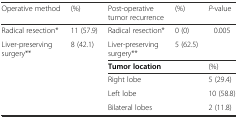
<table><thead><tr><td><b>Operative method</b></td><td><b>(%)</b></td><td><b>Post-operative tumor recurrence</b></td><td><b>(%)</b></td><td><b><i>P</i>-value</b></td></tr></thead><tbody><tr><td>Radical resection*</td><td>11 (57.9)</td><td>Radical resection*</td><td>0 (0)</td><td rowspan="2">0.005</td></tr><tr><td rowspan="5">Liver-preserving surgery**</td><td rowspan="5">8 (42.1)</td><td>Liver-preserving surgery**</td><td>5 (62.5)</td></tr><tr><td><b>Tumor location</b></td><td></td><td>(%)</td></tr><tr><td>Right lobe</td><td></td><td>5 (29.4)</td></tr><tr><td>Left lobe</td><td></td><td>10 (58.8)</td></tr><tr><td>Bilateral lobes</td><td></td><td>2 (11.8)</td></tr></tbody></table>